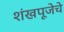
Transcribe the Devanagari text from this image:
शंखपूजेचे